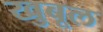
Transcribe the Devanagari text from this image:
खुबूल